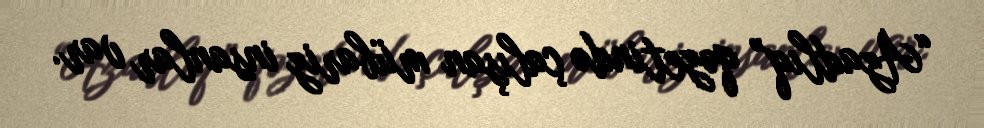
“Azadlıq” qəzetində çalışan mübariz insanlar var.